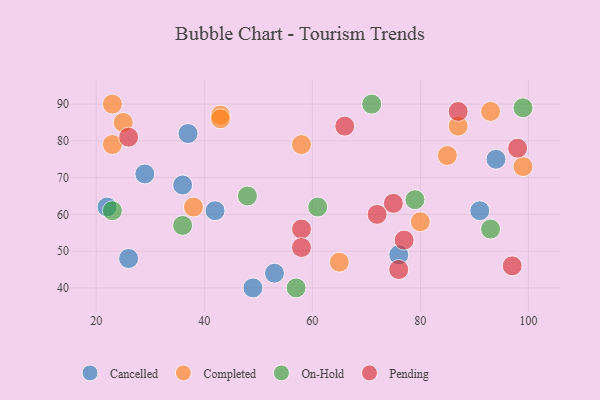
{"axis": {"x": "GDP", "y": "Life Expectancy"}, "legend": ["Cancelled", "Completed", "On-Hold", "Pending"], "data": [{"x": "22", "y": 62, "type": "Cancelled"}, {"x": "53", "y": 44, "type": "Cancelled"}, {"x": "91", "y": 61, "type": "Cancelled"}, {"x": "76", "y": 49, "type": "Cancelled"}, {"x": "49", "y": 40, "type": "Cancelled"}, {"x": "37", "y": 82, "type": "Cancelled"}, {"x": "36", "y": 68, "type": "Cancelled"}, {"x": "29", "y": 71, "type": "Cancelled"}, {"x": "26", "y": 48, "type": "Cancelled"}, {"x": "94", "y": 75, "type": "Cancelled"}, {"x": "42", "y": 61, "type": "Cancelled"}, {"x": "58", "y": 79, "type": "Completed"}, {"x": "43", "y": 87, "type": "Completed"}, {"x": "87", "y": 84, "type": "Completed"}, {"x": "23", "y": 90, "type": "Completed"}, {"x": "80", "y": 58, "type": "Completed"}, {"x": "38", "y": 62, "type": "Completed"}, {"x": "99", "y": 73, "type": "Completed"}, {"x": "23", "y": 79, "type": "Completed"}, {"x": "93", "y": 88, "type": "Completed"}, {"x": "65", "y": 47, "type": "Completed"}, {"x": "85", "y": 76, "type": "Completed"}, {"x": "43", "y": 86, "type": "Completed"}, {"x": "25", "y": 85, "type": "Completed"}, {"x": "61", "y": 62, "type": "On-Hold"}, {"x": "57", "y": 40, "type": "On-Hold"}, {"x": "23", "y": 61, "type": "On-Hold"}, {"x": "48", "y": 65, "type": "On-Hold"}, {"x": "79", "y": 64, "type": "On-Hold"}, {"x": "93", "y": 56, "type": "On-Hold"}, {"x": "99", "y": 89, "type": "On-Hold"}, {"x": "36", "y": 57, "type": "On-Hold"}, {"x": "71", "y": 90, "type": "On-Hold"}, {"x": "58", "y": 56, "type": "Pending"}, {"x": "26", "y": 81, "type": "Pending"}, {"x": "76", "y": 45, "type": "Pending"}, {"x": "77", "y": 53, "type": "Pending"}, {"x": "75", "y": 63, "type": "Pending"}, {"x": "98", "y": 78, "type": "Pending"}, {"x": "97", "y": 46, "type": "Pending"}, {"x": "58", "y": 51, "type": "Pending"}, {"x": "66", "y": 84, "type": "Pending"}, {"x": "87", "y": 88, "type": "Pending"}, {"x": "72", "y": 60, "type": "Pending"}]}